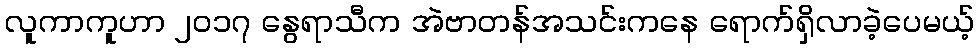
လူကာကူဟာ ၂၀၁၇ နွေရာသီက အဲဗာတန်အသင်းကနေ ရောက်ရှိလာခဲ့ပေမယ့်